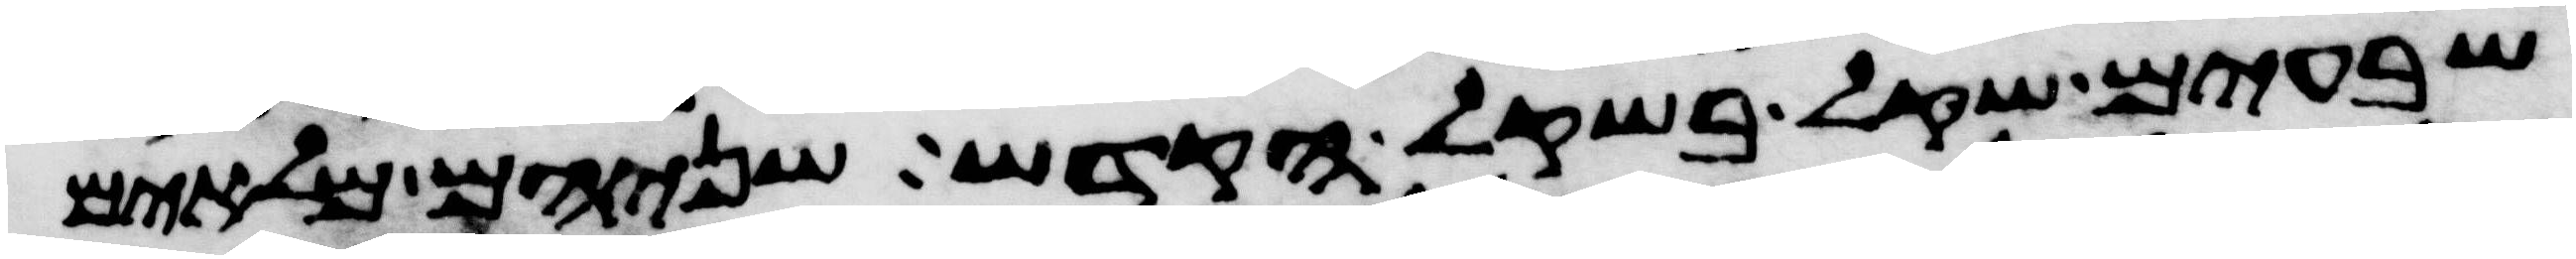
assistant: שבעים שקל בשקל הקדש שניהם מלאים